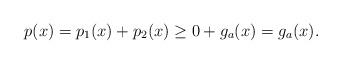
LaTeX: \begin{align*} p(x) = p_1(x) + p_2(x)\geq 0 + g_a(x) = g_a(x). \end{align*}